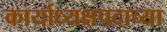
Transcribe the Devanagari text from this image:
कार्याध्यक्षपदाच्या